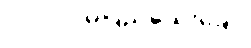
၂၀၀ပင်မပြည့်သေးချေ။